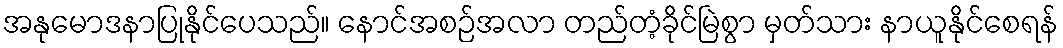
အနုမောဒနာပြုနိုင်ပေသည်။ နောင်အစဉ်အလာ တည်တံ့ခိုင်မြဲစွာ မှတ်သား နာယူနိုင်စေရန်